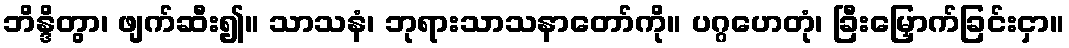
ဘိန္ဒိတွာ၊ ဖျက်ဆီး၍။ သာသနံ၊ ဘုရားသာသနာတော်ကို။ ပဂ္ဂဟေတုံ၊ ခြီးမြှောက်ခြင်းငှာ။